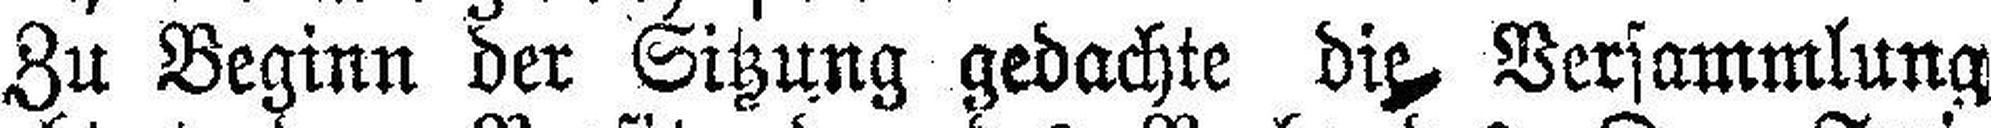
Zu Beginn der Sitzung gedachte die Versammlung